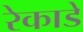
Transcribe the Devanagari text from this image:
रेकाडे